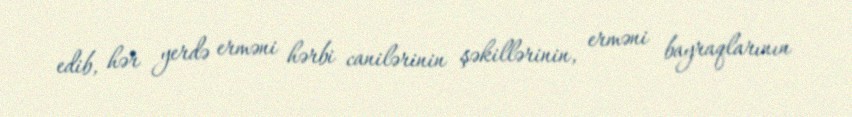
edib, hər yerdə erməni hərbi canilərinin şəkillərinin, erməni bayraqlarının